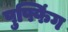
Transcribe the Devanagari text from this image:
पुफ्फिंग